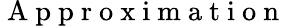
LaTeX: \mathrm{~A~p~p~r~o~x~i~m~a~t~i~o~n~}